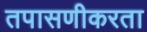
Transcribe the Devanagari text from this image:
तपासणीकरता